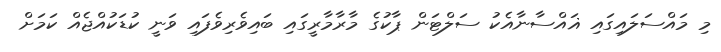
މި މައްސަލައިގައި ޣައްސާނާއެކު ސަލްޓަން ޕާކުގެ މާރާމާރީގައި ބައިވެރިވެފައި ވަނީ ކުޑަކުއްޖެއް ކަމަށް